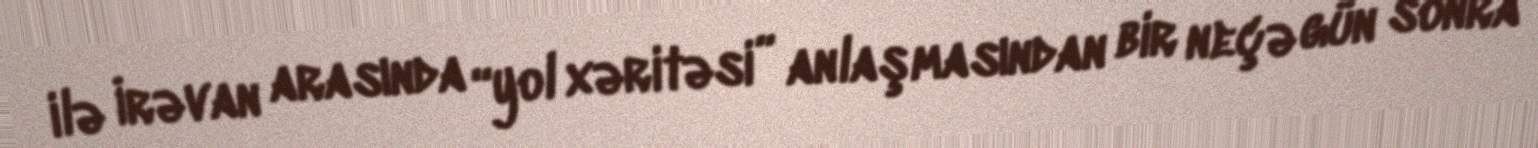
ilə İrəvan arasında “yol xəritəsi” anlaşmasından bir neçə gün sonra